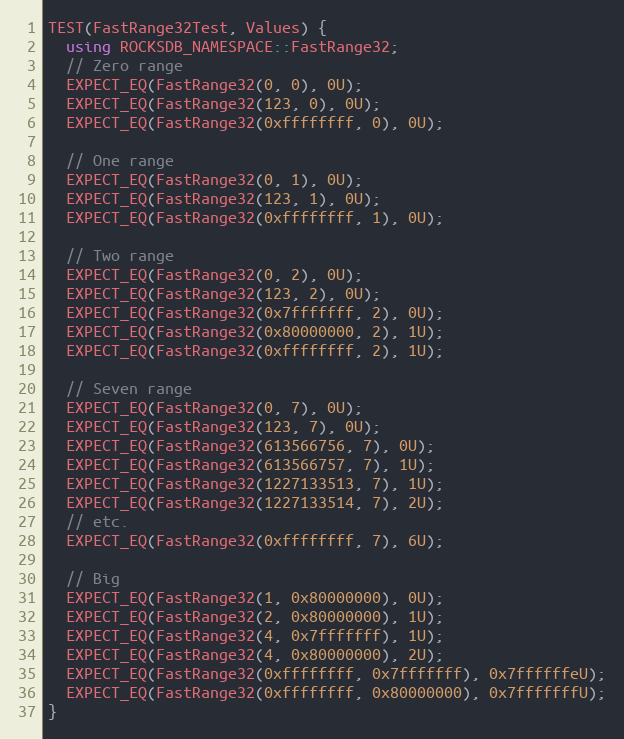
Language: C++
TEST(FastRange32Test, Values) {
  using ROCKSDB_NAMESPACE::FastRange32;
  // Zero range
  EXPECT_EQ(FastRange32(0, 0), 0U);
  EXPECT_EQ(FastRange32(123, 0), 0U);
  EXPECT_EQ(FastRange32(0xffffffff, 0), 0U);

  // One range
  EXPECT_EQ(FastRange32(0, 1), 0U);
  EXPECT_EQ(FastRange32(123, 1), 0U);
  EXPECT_EQ(FastRange32(0xffffffff, 1), 0U);

  // Two range
  EXPECT_EQ(FastRange32(0, 2), 0U);
  EXPECT_EQ(FastRange32(123, 2), 0U);
  EXPECT_EQ(FastRange32(0x7fffffff, 2), 0U);
  EXPECT_EQ(FastRange32(0x80000000, 2), 1U);
  EXPECT_EQ(FastRange32(0xffffffff, 2), 1U);

  // Seven range
  EXPECT_EQ(FastRange32(0, 7), 0U);
  EXPECT_EQ(FastRange32(123, 7), 0U);
  EXPECT_EQ(FastRange32(613566756, 7), 0U);
  EXPECT_EQ(FastRange32(613566757, 7), 1U);
  EXPECT_EQ(FastRange32(1227133513, 7), 1U);
  EXPECT_EQ(FastRange32(1227133514, 7), 2U);
  // etc.
  EXPECT_EQ(FastRange32(0xffffffff, 7), 6U);

  // Big
  EXPECT_EQ(FastRange32(1, 0x80000000), 0U);
  EXPECT_EQ(FastRange32(2, 0x80000000), 1U);
  EXPECT_EQ(FastRange32(4, 0x7fffffff), 1U);
  EXPECT_EQ(FastRange32(4, 0x80000000), 2U);
  EXPECT_EQ(FastRange32(0xffffffff, 0x7fffffff), 0x7ffffffeU);
  EXPECT_EQ(FastRange32(0xffffffff, 0x80000000), 0x7fffffffU);
}